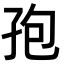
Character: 孢